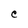
Character: C